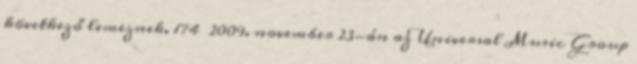
következő lemeznek. 174 2009. november 23-án az Universal Music Group